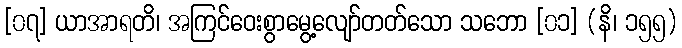
[၀၇] ယာအာရတိ၊ အကြင်ဝေးစွာမွေ့လျော်တတ်သော သဘော [၀၁] (နိ၊ ၁၅၅)